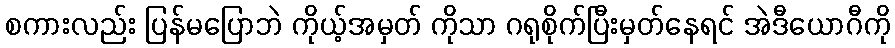
စကားလည်း ပြန်မပြောဘဲ ကိုယ့်အမှတ် ကိုသာ ဂရုစိုက်ပြီးမှတ်နေရင် အဲဒီယောဂီကို